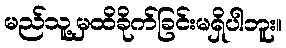
မည်သူ့မှထိခိုက်ခြင်းမရှိပါဘူး။